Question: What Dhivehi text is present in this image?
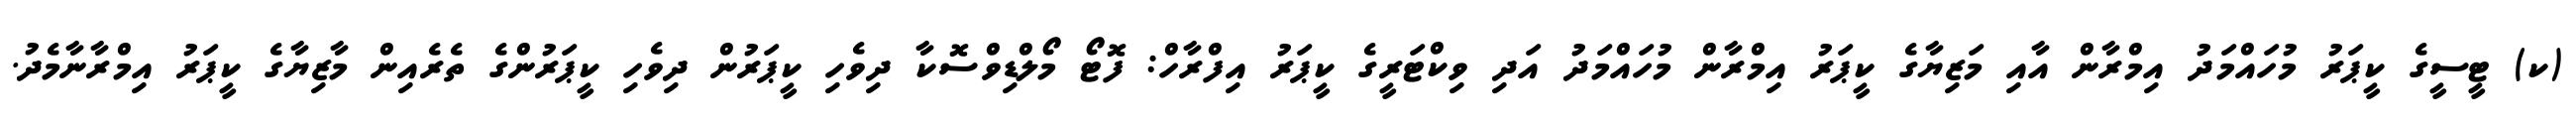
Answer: (ކ) ޓީސީގެ ކީޕަރު މުހައްމަދު އިމްރާން އާއި މަޒިޔާގެ ކީޕަރު އިމްރާން މުހައްމަދު އަދި ވިކްޓަރީގެ ކީޕަރު އިފްރާހް: ފޮޓޯ މޯލްޑިވްސޮކާ ދިވެހި ކީޕަރުން ދިވެހި ކީޕަރުންގެ ތެރެއިން މާޒިޔާގެ ކީޕަރު އިމްރާނާމެދު.